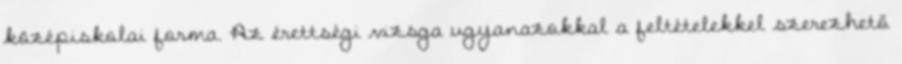
középiskolai forma. Az érettségi vizsga ugyanazokkal a feltételekkel szerezhető